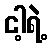
ငါ့ရဲ့